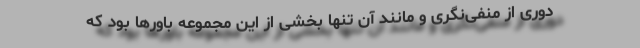
دوری از منفی‌نگری و مانند آن تنها بخشی از این مجموعه باورها بود که